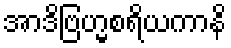
အာဒိဗြဟ္မစရိယကာနိ